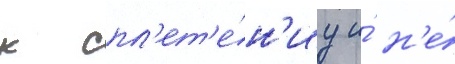
к спл'ет'е́н'иу и́ н'е́